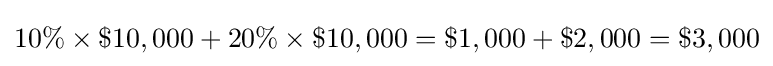
10\%\times \$10,000+20\%\times \$10,000=\$1,000+\$2,000=\$3,000